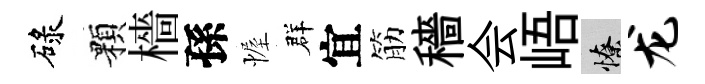
碌顆檣孫幄群宜筋穡会峿憭龙